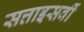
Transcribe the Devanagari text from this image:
सत्ताइसवीं